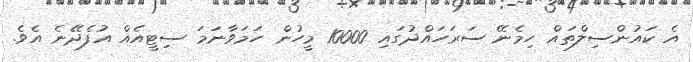
އެ ކައުންސިލްތައް ހިމެނޭ ސަރަހައްދުގައި 10000 މީހުން ހަމަވާނަމަ ސިޓީއެއް އުފެދޭނެ އެވެ.